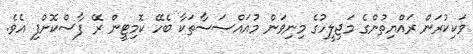
ވަކިކުރަން ރައްޔިތުންގެ މަޖިލީހުގެ މިނިވަން މުއައްސަސާތަކާ ބެހޭ ކޮމިޓީން ރޭ ފާސްކޮށްފި އެވެ.